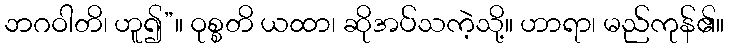
ဘဂဝါတိ၊ ဟူ၍”။ ဝုစ္စတိ ယထာ၊ ဆိုအပ်သကဲ့သို့။ ဟာရာ၊ မည်ကုန်၏။